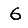
Digit: 6